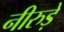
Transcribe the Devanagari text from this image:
नीरुड़े